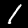
Digit: 1